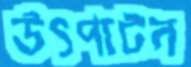
উৎপাটন